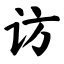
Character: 访